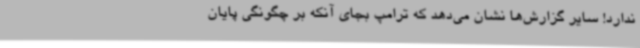
ندارد! سایر گزارش‌ها نشان می‌دهد که ترامپ بجای آنکه بر چگونگی پایان